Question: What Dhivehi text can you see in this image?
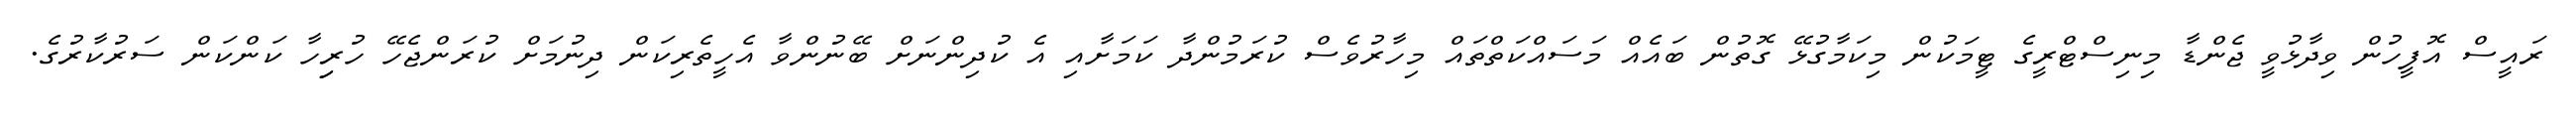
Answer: ރައީސް އޮފީހުން ވިދާޅުވީ ޖެންޑާ މިނިސްޓްރީގެ ޓީމަކުން މިކަމާގުޅޭ ގޮތުން ބައެއް މަސައްކަތްތައް މިހާރުވެސް ކުރަމުންދާ ކަމަށާއި އެ ކުދިންނަށް ބޭނުންވާ އެހީތެރިކަން ދިނުމަށް ކުރަންޖެހޭ ހުރިިހާ ކަންކަން ސަރުކާރުގެ.